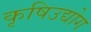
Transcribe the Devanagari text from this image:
कृषिउद्योग